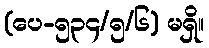
(ပေ-၅၃၄/၅/၆) မရှိ။